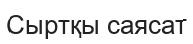
Cыртқы саясат